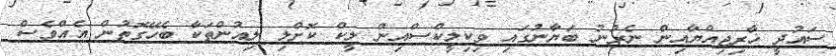
ސައުދީ ޚާރިޖިއްޔާއިން ނެރުނު ބަޔާނުގައި ވިކިލީކްސްއިން ލީކް ކޮށްލި ލިއުންތަކާ ބެހޭގޮތުން އެއްވެސް